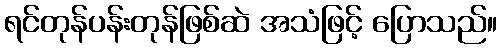
ရင်တုန်ပန်းတုန်ဖြစ်ဆဲ အသံဖြင့် ပြောသည်။